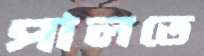
পালতে